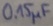
Text: 0,15µF